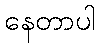
နေတာပါ